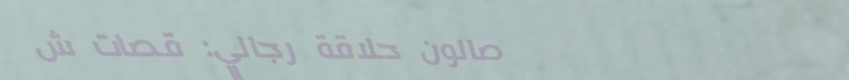
صالون حلاقة رجالي: قصات ش